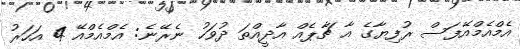
އެމްއެމްއޭފަސް ރުފިޔާގެ އާ ޗާޕެއް އާދީއްތަ ދުވަހު ނެރޭނެ: އެމްއެމްއޭ 4 އަހަރު